Report on sanitation, dispensaries, and jails in Rajputana for 1919, and on vaccination for the year 1919-1920 - 1919-1920
Year: 1919
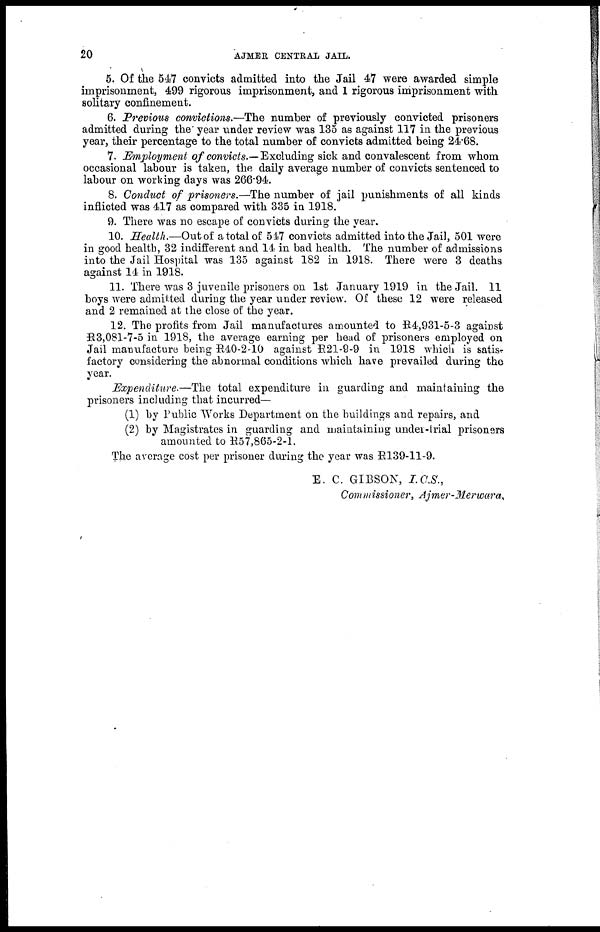
20
AJMER CENTRAL JAIL.
5. Of the 547 convicts admitted into the Jail 47 were awarded simple
imprisonment, 499 rigorous imprisonment, and 1 rigorous imprisonment with
solitary confinement.
6. Previous convictions.—The number of previously convicted prisoners
admitted during the year under review was 135 as against 117 in the previous
year, their percentage to the total number of convicts admitted being 24.68.
7. Employment of convicts.—Excluding sick and convalescent from whom
occasional labour is taken, the daily average number of convicts sentenced to
labour on working days was 266.94.
8. Conduct of prisoners.—The number of jail punishments of all kinds
inflicted was 417 as compared with 335 in 1918.
9. There was no escape of convicts during the year.
10. Health.—Out of a total of 547 convicts admitted into the Jail, 501 were
in good health, 32 indifferent and 14 in bad health. The number of admissions
into the Jail Hospital was 135 against 182 in 1918. There were 3 deaths
against 14 in 1918.
11. There was 3 juvenile prisoners on 1st January 1919 in the Jail. 11
boys were admitted during the year under review. Of these 12 were released
and 2 remained at the close of the year.
12. The profits from Jail manufactures amounted to R4,931-5-3 against
R 3,081-7-5 in 1918, the average earning per head of prisoners employed on
Jail manufacture being R40-2-10 against R21-9-9 in 1918 which is satis?
factory considering the abnormal conditions which have prevailed during the
year.
Expenditure.—The total expenditure in guarding and maintaining the
prisoners including that incurred—
(1) by Public Works Department on the buildings and repairs, and
(2) by Magistrates in guarding and maintaining under-trial prisoners
amounted to R57,865-2-1.
The average cost per prisoner during the year was R139-11-9.
E. C. GIBSON, I.C.S.,
Commissioner, Ajmer-Merwara.